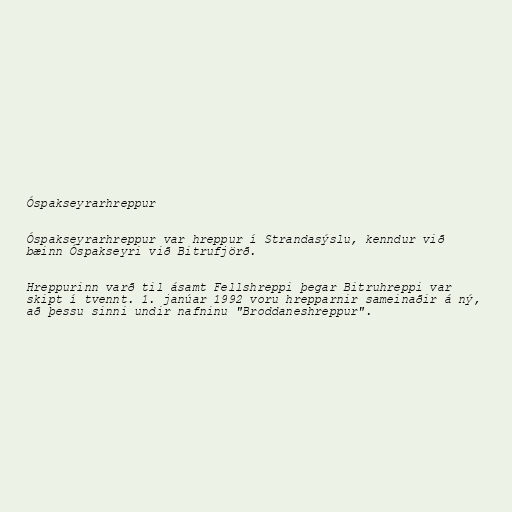
Óspakseyrarhreppur

Óspakseyrarhreppur var hreppur í Strandasýslu, kenndur við
bæinn Óspakseyri við Bitrufjörð.

Hreppurinn varð til ásamt Fellshreppi þegar Bitruhreppi var
skipt í tvennt. 1. janúar 1992 voru hrepparnir sameinaðir á ný,
að þessu sinni undir nafninu "Broddaneshreppur".